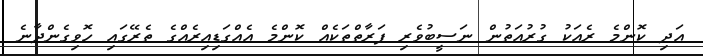
އަދި ކޮންމެ ރެއަކު ގުރުއަތުން ނަސީބުވެރި ފަރާތްތަކެއް ކޮންމެ އެއްގަޑިއިރެއްގެ ތެރޭގައި ހޮވިގެންދާނެ